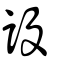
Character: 設